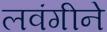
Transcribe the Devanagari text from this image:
लवंगीने